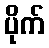
ပိုက်